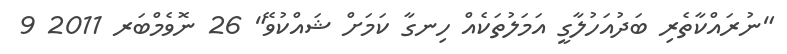
"ނުރައްކާތެރި ބަދުއަހުލާގީ އަމަލުތަކެއް ހިނގާ ކަމަށް ޝައްކުވޭ" 26 ނޮވެމްބަރ 2011 9